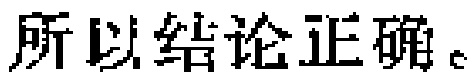
所以结论正确。